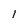
Character: l